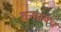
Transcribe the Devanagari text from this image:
वनप्रबंध